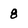
Character: 8